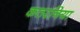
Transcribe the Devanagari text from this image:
कतरनिया